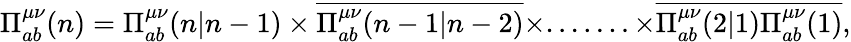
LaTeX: \Pi_{ab}^{\mu\nu}(n)=\Pi_{ab}^{\mu\nu}(n|n-1)\times\overline{{\Pi_{ab}^{\mu\nu}(n-1|n-2)}}\times.......\times\overline{{\Pi_{ab}^{\mu\nu}(2|1)}}\overline{{\Pi_{ab}^{\mu\nu}(1)}},